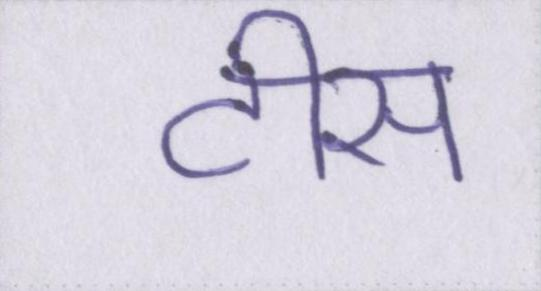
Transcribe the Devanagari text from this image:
टीस